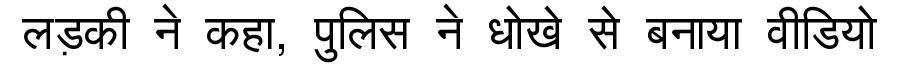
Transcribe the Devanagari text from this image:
लड़की ने कहा, पुलिस ने धोखे से बनाया वीडियो